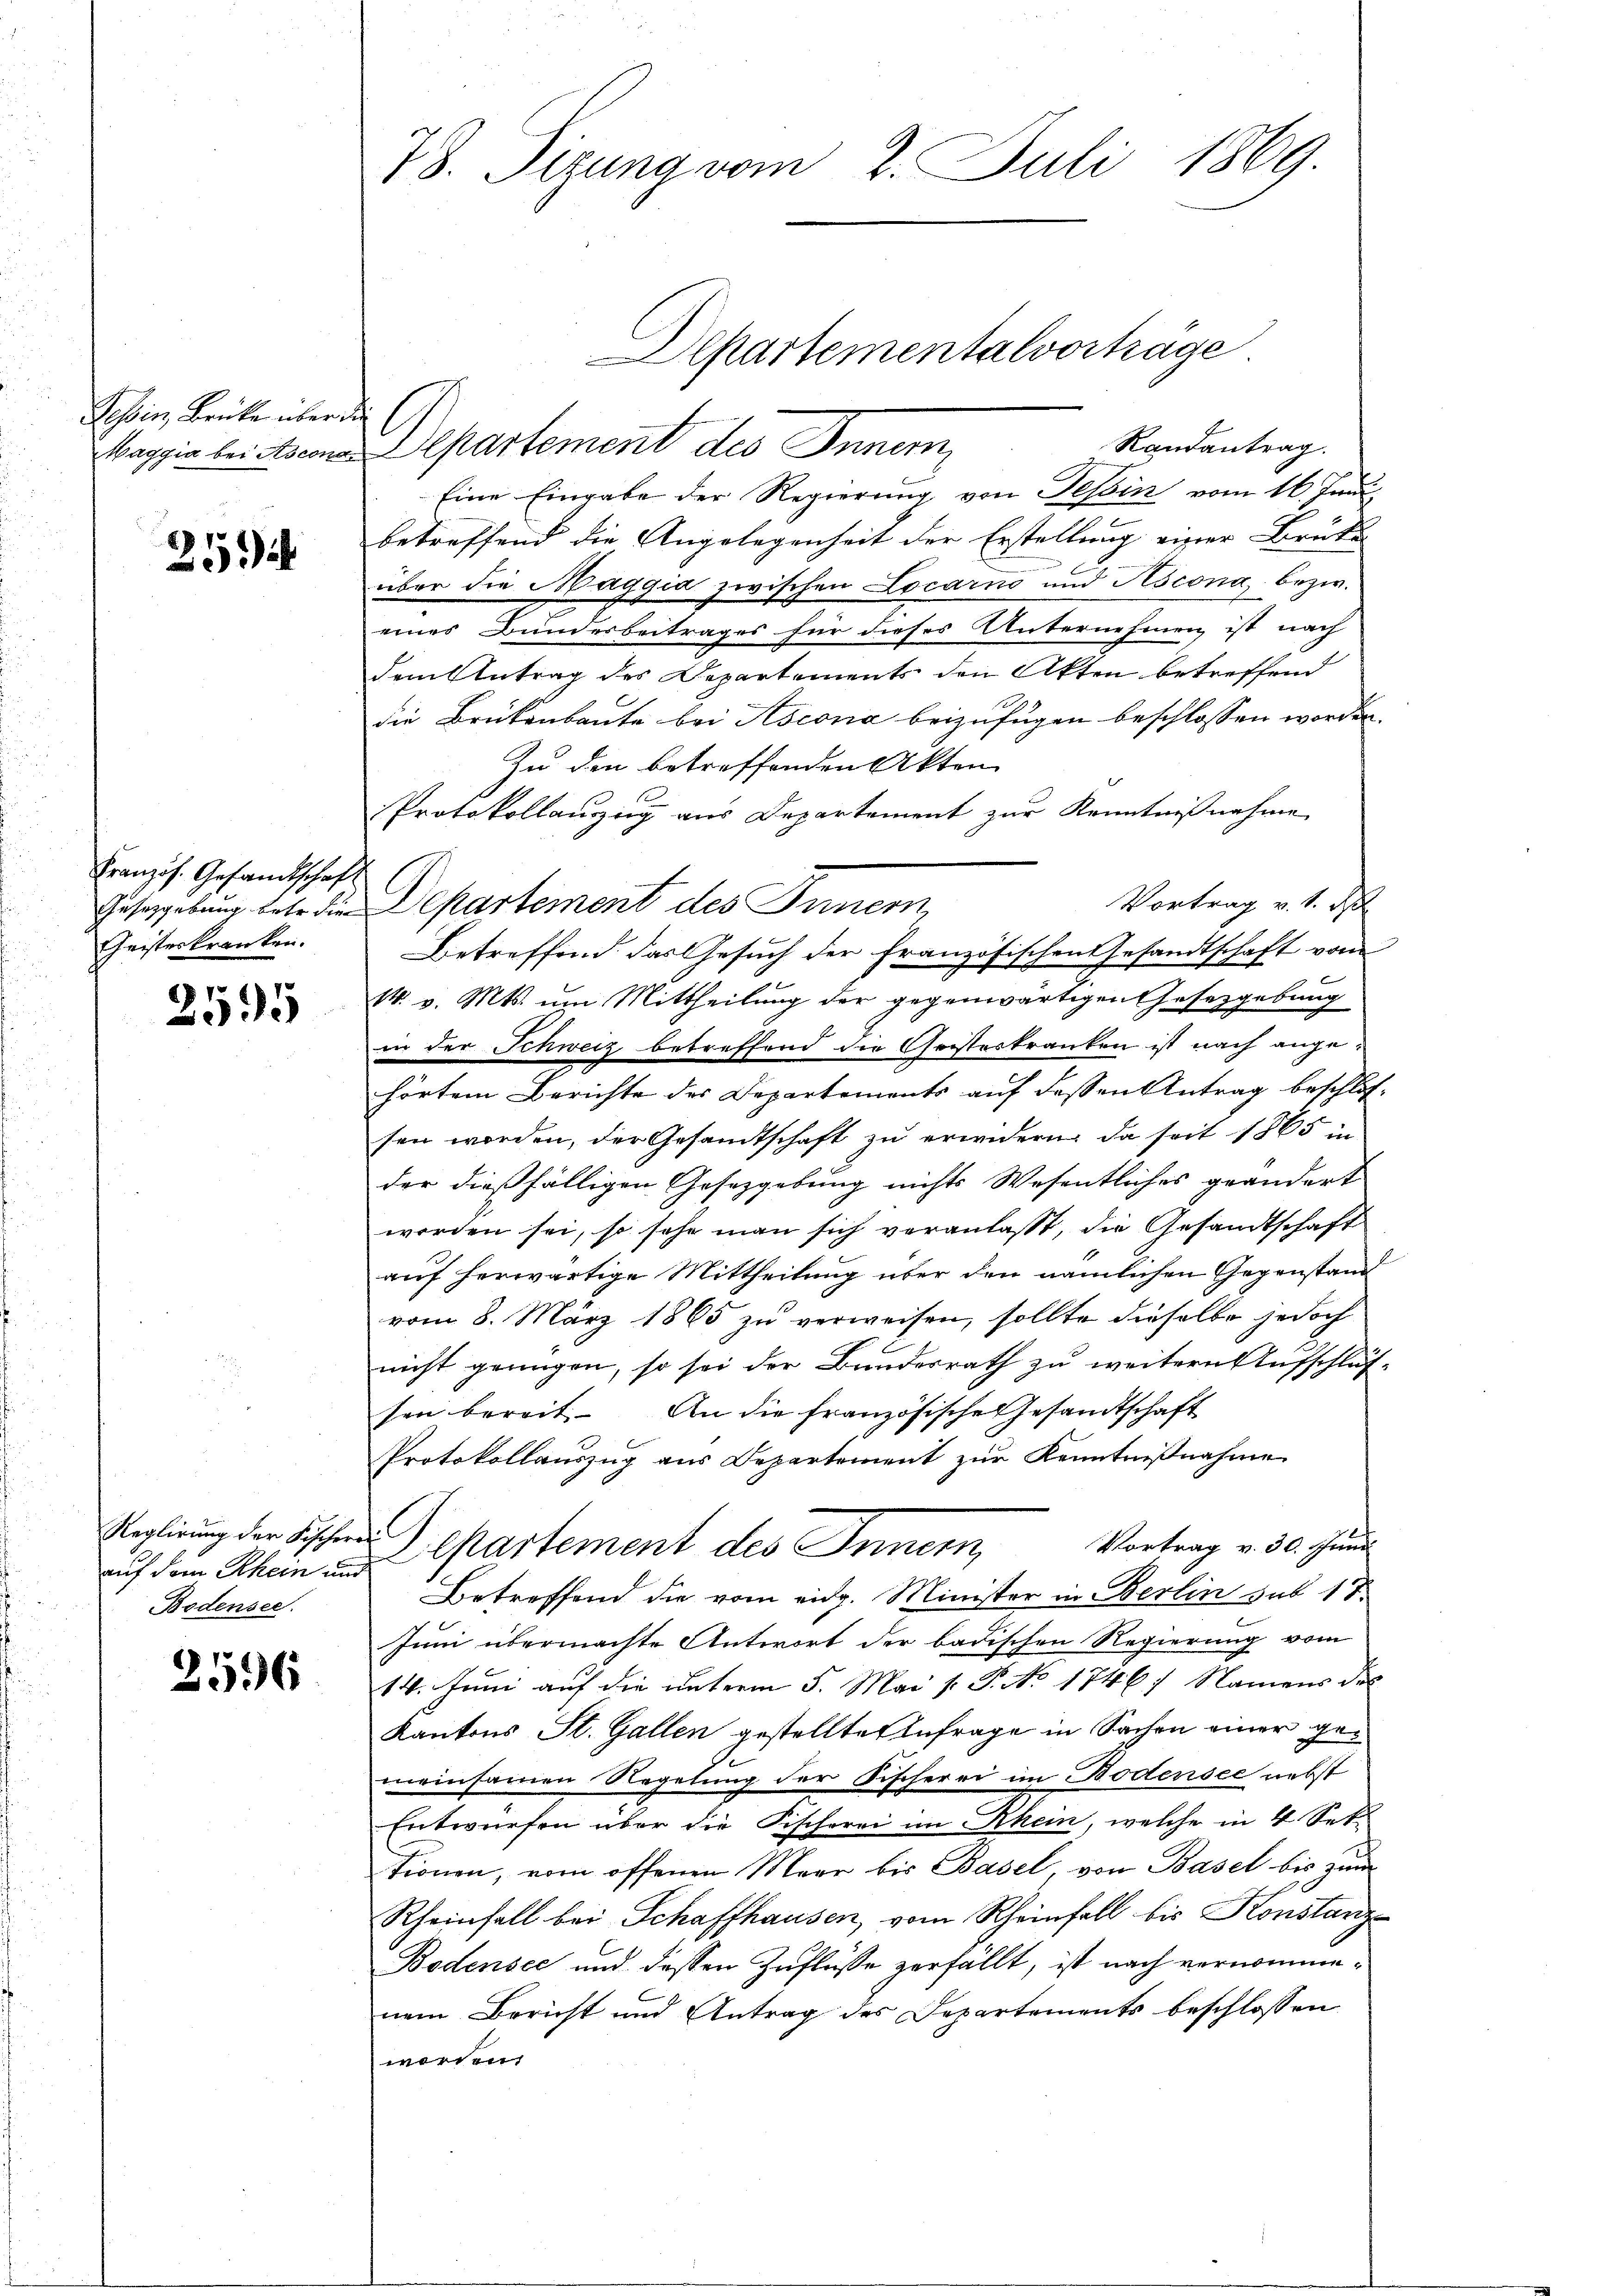
Tessin, Brücke über de
Maggia bei Ascona

25)

Französ. Gesandtschaft
Geisterkranken.

2595

auf dem Rhein und
Bodensee.

2596

78. Sizung vom 2. Juli 1869

Randantrag.
Separtement des Innern,
Eine Eingabe der Regierung von Tessin vom 16. Juni
betreffend die Angelegenheit der Erstellung einer Brüke
über die Maggia zwischen Locarno und Ascona bezw.
eines Bundesbeitrages für dieses Unternehmen ist nach
dem Antrag des Departements den Akten betreffend
die Brükenbaute bei Ascona beizufügen beschlossen worden.
Zu den betreffenden Akten
Protokollauszug aus Departement zur Kenntnißnahme
Vortrag v. 1. N
Gesetzgebung betr. die Departement des Innern,
Betreffend das Gesuch der französischen Gesandtschaft vom
14. v. Mts. um Mittheilung der gegenwärtigen Gesetzgebung
in der Schweiz betreffend die Geisterkranken ist nach angehörtem Berichte des Departements auf dessen Antrag beschlossen worden, der Gesandtschaft zu erindern, da seit 1865 in
der dießfälligen Gesetzgebung nichts Wesentliches geändert
worden sei, so sehr man sich veranlasst, die Gesandtschaft
auf herwärtige Mittheilung über den nämlichen Gegenstand
vom 8. März 1865 zu verweisen, sollte dieselbe jedoch
nicht genügen, so sei der Bundesrath zu weitern Aufschluß-
ten bereit. An die französische Gesandtschaft
Protokollauszug aus Departement zŭr Kenntniβnahme
Reglirung der Fischer Separtement des Innern,
Vortrag v. 30. Juni
Betreffend die vom eidg. Minister in Berlin sub 18
Juni übermachte Antwort der badischen Regierung vom
14. Jŭni aŭf die ŭnterm 5. Mai v. P. No 1746) Namens des
Kantons St. Gallen gestellte Anfrage in Sachen einer gemeinsamen Regelung der Fischerei im Bodensee nebst
Entwürfen über die Fischerei im Rhein, welche in 4 Set
tionen, vom offenen Maar bis Basel, von Basel bis zŭm
Rheinfall bei Schaffhausen, vom Rheinfall bis Konstanz¬
Bodensee und dessen Zuflüsse zerfällt, ist nach vernommenem Bericht und Antrag des Departements beschlossen
worden

Alpartementalvorträge